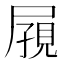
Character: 𪨔